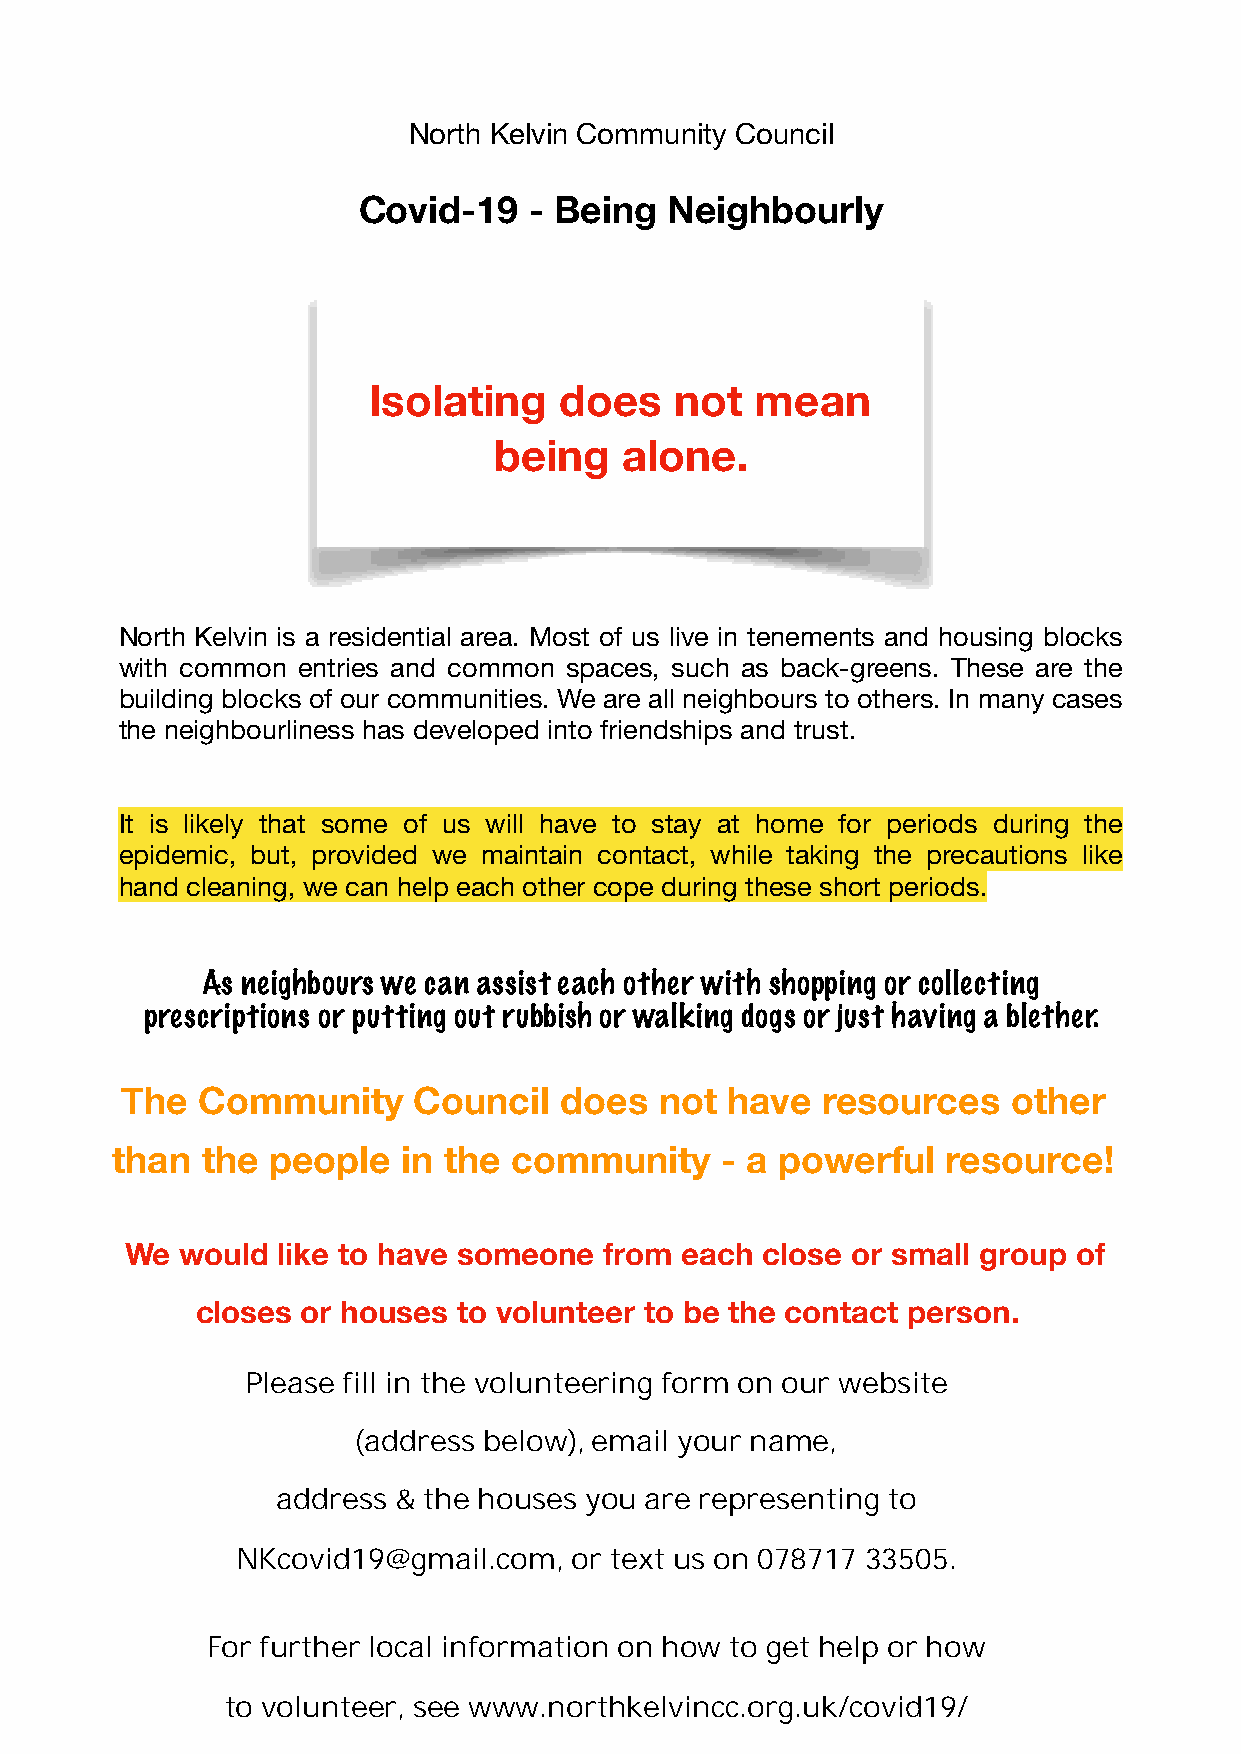
North Kelvin Community Council
 Covid-19   - Being  Neighbourly
 Isolating    does    not  mean
 being   alone.
 North Kelvin is a residential area. Most of us live in tenements and housing blocks
 with common entries and common spaces, such as back-greens. These are the
 building blocks of our communities. We are all neighbours to others. In many cases
 the neighbourliness has developed into friendships and trust.
 It is likely that some of us will have to stay at home for periods during the
 epidemic, but, provided we maintain contact, while taking the precautions like
 hand cleaning, we can help each other cope during these short periods.
 As neighbours we can assist each other with shopping or collecting
 prescriptions or putting out rubbish or walking dogs or just having a blether.
 The  Community     Council   does   not have  resources    other
 than  the  people   in the community     - a powerful   resource!
 We  would like to have someone  from each close or small group of
 closes or houses to volunteer to be the contact person.
 Please fill in the volunteering form on our website
 (address below), email your name,
 address & the houses you are representing to
 NKcovid19@gmail.com,  or text us on 078717 33505.
 For further local information on how to get help or how
 to volunteer, see www.northkelvincc.org.uk/covid19/
 to volunteer, see www.northkelvincc.org.uk/covid19/